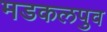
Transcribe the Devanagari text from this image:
मडकलपुव